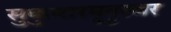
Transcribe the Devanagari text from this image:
सुकुमारमृदुस्वर